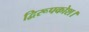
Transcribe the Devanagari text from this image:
द्विरूपकोश।